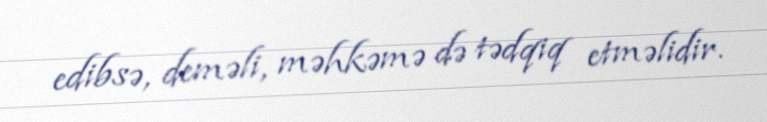
edibsə, deməli, məhkəmə də tədqiq etməlidir.